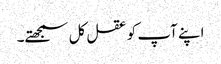
اپنے آپ کو عقل کل سمجھتے۔